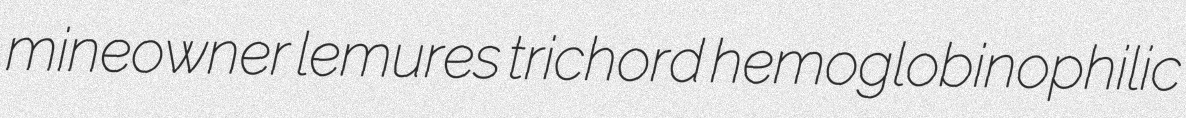
mineowner lemures trichord hemoglobinophilic